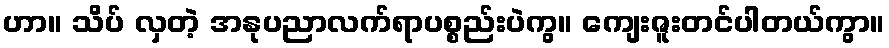
ဟာ။ သိပ် လှတဲ့ အနုပညာလက်ရာပစ္စည်းပဲကွ။ ကျေးဇူးတင်ပါတယ်ကွာ။